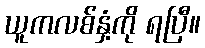
ယူကလစ်နှံ့ကို ရပြီ။